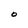
Character: O